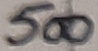
Text: 500